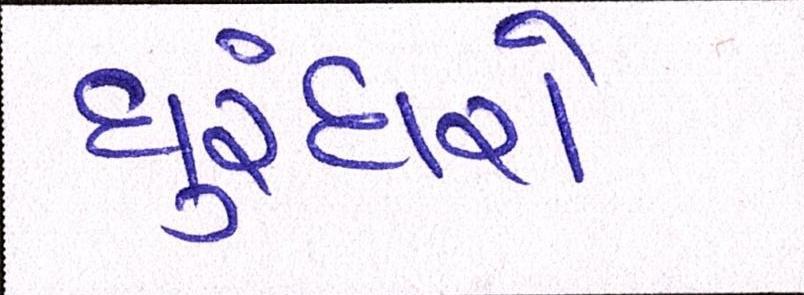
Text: ધુરંધરો